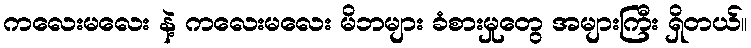
ကလေးမလေး နဲ့ ကလေးမလေး မိဘများ ခံစားမှုတွေ အများကြီး ရှိတယ်။